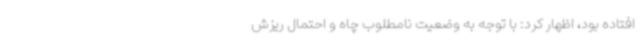
افتاده بود، اظهار کرد: با توجه به وضعیت نامطلوب چاه و احتمال ریزش